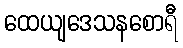
ထေယျဒေသနစောရီ